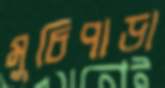
মুচিপাড়া